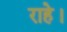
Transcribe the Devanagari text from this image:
राहे।